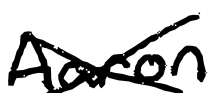
Text: Aaron
Cross-out: cross
Writing tool: digital_black